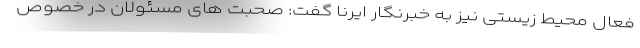
فعال محیط زیستی نیز به خبرنگار ایرنا گفت: صحبت های مسئولان در خصوص